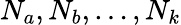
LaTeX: N_{a},N_{b},\ldots,N_{k}